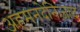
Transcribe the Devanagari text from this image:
अहमनदेनिजाद